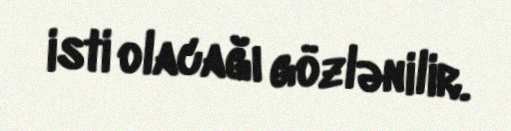
isti olacağı gözlənilir.